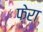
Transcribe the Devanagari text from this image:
फ़ेरा